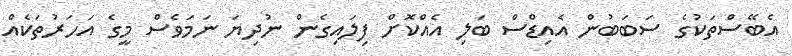
އެބޭސްތަކުގެ ސަބަބުން އެއިޑްސް ބަލި އެއްކޮށް ފިލައިގެން ނުދިޔަ ނަމަވެސް މީގެ އަހަރުތަކެއް